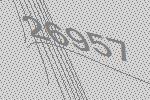
26957